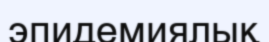
эпидемиялық